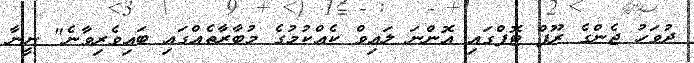
ދުވަހު ޖެންގެ ރޫފް ޓޮޕްގައި އޮންނަ ލައިވް ކެއްކުމުގެ މުބާރާތެއްގައި ބައިވެރިވާނެ" ނީނާ